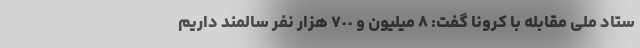
ستاد ملی مقابله با کرونا گفت: ٨ میلیون و ٧٠٠ هزار نفر سالمند داریم